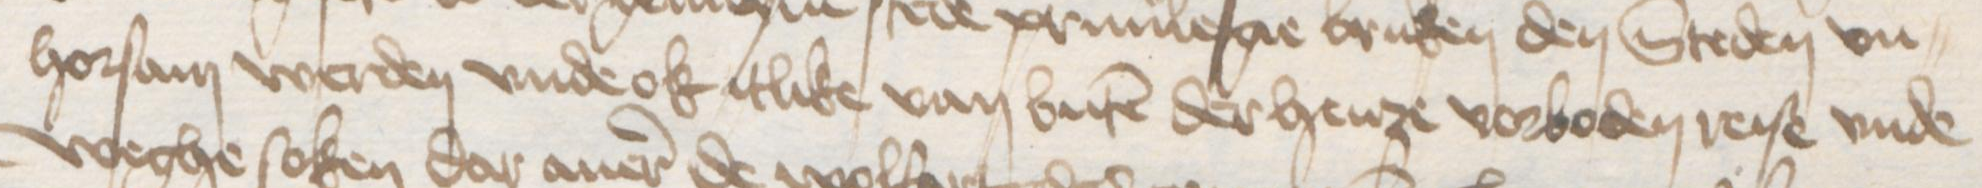
Transcription: horsam werden vnde ok itlike van buten der henze vorboden reise vnde